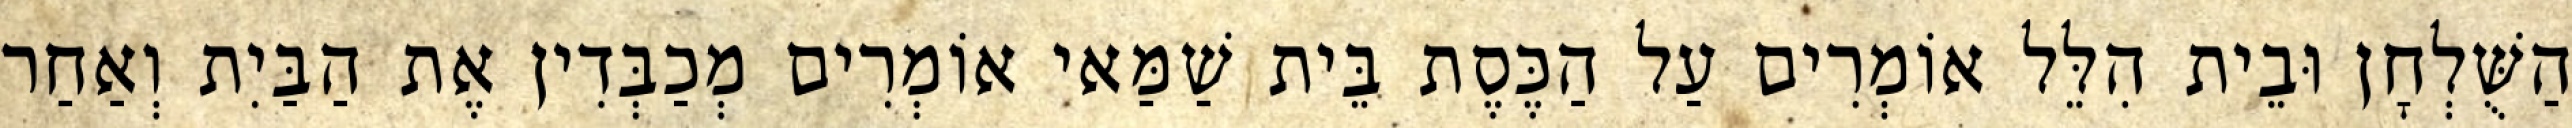
הַשֻּׁלְחָן וּבֵית הִלֵּל אוֹמְרִים עַל הַכֶּסֶת בֵּית שַׁמַּאי אוֹמְרִים מְכַבְּדִין אֶת הַבַּיִת וְאַחַר